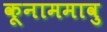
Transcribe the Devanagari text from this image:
कूनाममावु